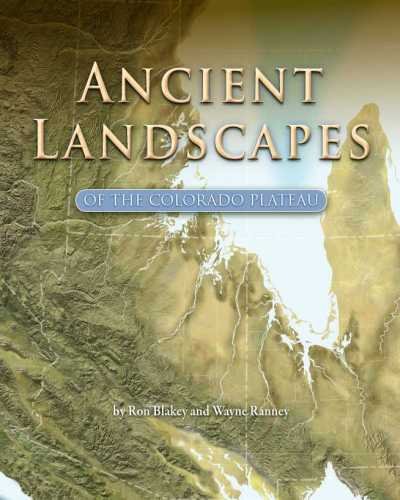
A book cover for Ancient Landscapes of the Colorado Plateau; Ron Blakey; Science & Math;